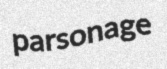
parsonage